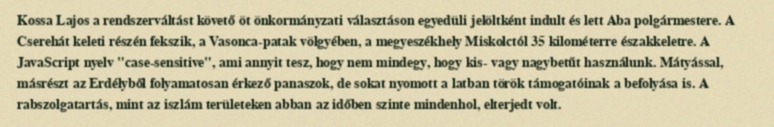
Kossa Lajos a rendszerváltást követő öt önkormányzati választáson egyedüli jelöltként indult és lett Aba polgármestere. A Cserehát keleti részén fekszik, a Vasonca-patak völgyében, a megyeszékhely Miskolctól 35 kilométerre északkeletre. A JavaScript nyelv "case-sensitive", ami annyit tesz, hogy nem mindegy, hogy kis- vagy nagybetűt használunk. Mátyással, másrészt az Erdélyből folyamatosan érkező panaszok, de sokat nyomott a latban török támogatóinak a befolyása is. A rabszolgatartás, mint az iszlám területeken abban az időben szinte mindenhol, elterjedt volt.